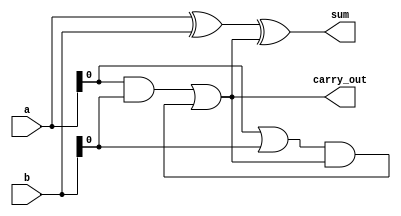
module carry_skip_adder(input wire [3:0] a, b,
                            output reg [3:0] sum,
                            output reg carry_out);

  reg [3:0] xor_result;
  reg [3:0] and_result;
  reg [3:0] or_result;
  
  assign xor_result = a ^ b;
  assign and_result = a & b;
  assign or_result = a | b;
  
  always @(*) begin
    sum = xor_result ^ carry_out;
    carry_out = (and_result | (or_result & carry_out));
  end
  
endmodule